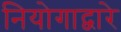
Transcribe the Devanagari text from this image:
नियोगाद्वारे